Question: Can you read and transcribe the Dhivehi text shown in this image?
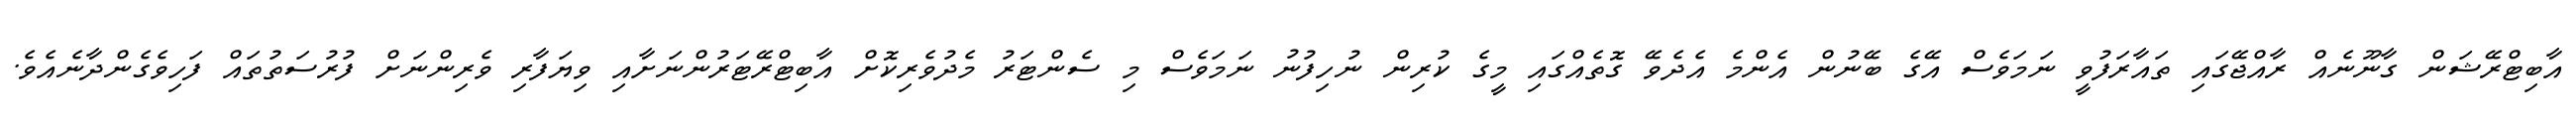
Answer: އާބިޓްރޭޝަން ގާނޫނެއް ރާއްޖޭގައި ތައާރަފުވީ ނަމަވެސް އޭގެ ބޭނުން އެންމެ އެދެވޭ ގޮތެއްގައި މީގެ ކުރިން ނުހިފުނު ނަމަވެސް މި ސެންޓަރު މެދުވެރިކޮށް އާބިޓްރޭޓަރުންނަށާއި ވިޔަފާރި ވެރިންނަށް ފުރުސަތުތައް ފަހިވެގެންދާނެއެވެ.